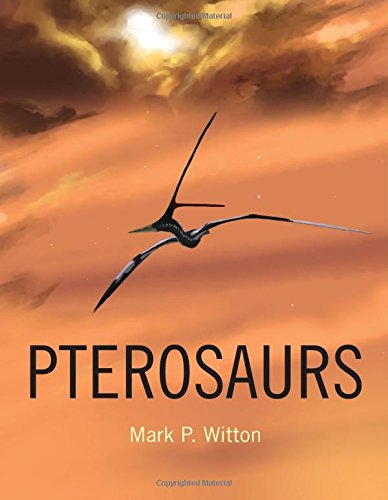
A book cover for Pterosaurs: Natural History, Evolution, Anatomy; Mark P. Witton; Science & Math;